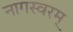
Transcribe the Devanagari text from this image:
नागस्वरम्‌